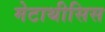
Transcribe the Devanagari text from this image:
मेटाथीसिस